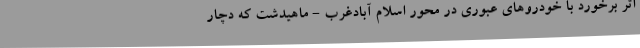
اثر برخورد با خودروهای عبوری در محور اسلام آبادغرب - ماهیدشت که دچار